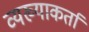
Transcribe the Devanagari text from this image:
व्यख्याकर्ता